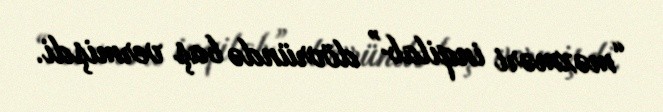
“məxməri inqilab” dövründə baş vermişdi.